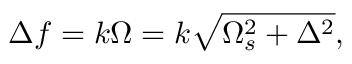
\Delta f = k \Omega = k \sqrt { \Omega _ { s } ^ { 2 } + \Delta ^ { 2 } } ,